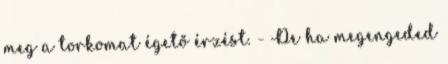
meg a torkomat égető érzést. - De ha megengeded